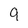
Character: 9